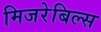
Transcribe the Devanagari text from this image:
मिजरेबिल्स